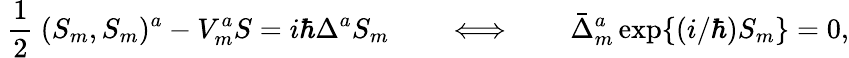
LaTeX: \mathrm{~\frac{1}{2}~}(S_{m},S_{m})^{a}-V_{m}^{a}S=i\hbar\Delta^{a}S_{m}\qquad\Longleftrightarrow\qquad\bar{\Delta}_{m}^{a}\, \mathrm{exp}\{ (i/\hbar)S_{m}\} =0,